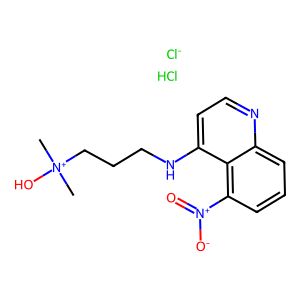
SMILES: C[N+](C)(O)CCCNc1ccnc2cccc([N+](=O)[O-])c12.Cl.[Cl-]
Inhibits HIV replication: No